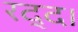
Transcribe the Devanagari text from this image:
रद्द।